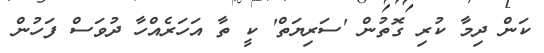
ކަން ދިމާ ކުރި ގޮތުން 'ސަރިޔަތް' ކީ ތާ އަހަރެއްހާ ދުވަސް ފަހުން